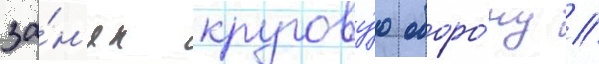
за́н'ял кругову́ю оборо́ну //